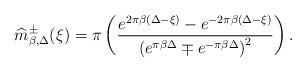
LaTeX: \begin{align*} \widehat{m}_{\beta,\Delta}^{\pm}(\xi) = \pi \left(\dfrac{e^{2\pi\beta(\Delta - \xi)}-e^{-2\pi\beta(\Delta-\xi)}}{\left(e^{\pi\beta\Delta}\mp e^{-\pi\beta\Delta}\right)^2}\right).\end{align*}